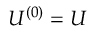
{ \cal U } ^ { ( 0 ) } = U